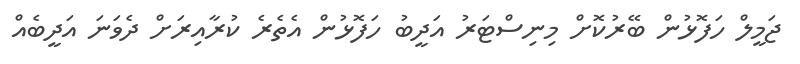
ޖަމީލް ހަފޮޅުން ބޭރުކޮށް މިނިސްޓަރު އަދީބު ހަފޮޅުން އެެތެރެ ކުރާއިރަށް ދެވަނަ އަދީބެެއް